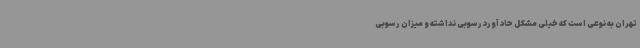
تهران به نوعی است که خیلی مشکل حاد آورد رسوبی نداشته و میزان رسوبی